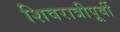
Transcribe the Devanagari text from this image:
शिवरात्रीपूर्वी